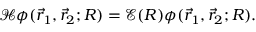
\mathcal { H } \phi ( \vec { r } _ { 1 } , \vec { r } _ { 2 } ; R ) = \mathcal { E } ( R ) \phi ( \vec { r } _ { 1 } , \vec { r } _ { 2 } ; R ) .